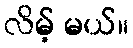
လိမ့် မယ်။